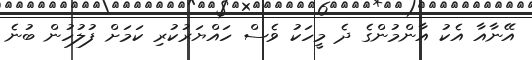
އޭނާއާ އެކު އާންމުންގެ ދެ މީހަކު ވެސް ހައްޔަރުކުރި ކަމަށް ފުލުހުން ބުނެ